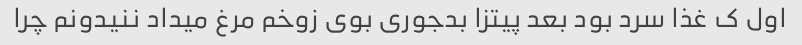
اول ک غذا سرد بود بعد پیتزا بدجوری بوی زوخم مرغ میداد ننیدونم چرا